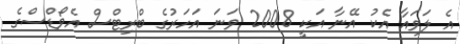
އެ ލަވައާ އެކު އޭނާ އަކީ 2008 ވަނަ އަހަރުގެ ބްރިޓްސް އެވޯޑްސްގެ